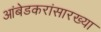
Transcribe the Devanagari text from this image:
आंबेडकरांसारख्या